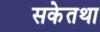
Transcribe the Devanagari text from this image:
सकेतथा